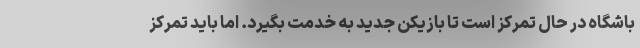
باشگاه در حال تمرکز است تا بازیکن جدید به خدمت بگیرد. اما باید تمرکز